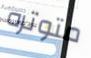
متوتره